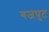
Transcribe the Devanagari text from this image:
गजपुट